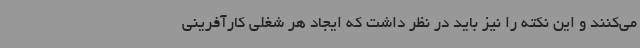
می‌کنند و این نکته را نیز باید در نظر داشت که ایجاد هر شغلی کارآفرینی